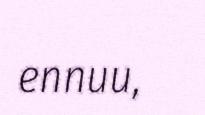
ennuu,